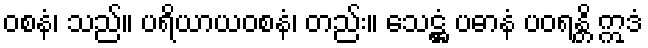
ဝစနံ၊ သည်။ ပရိယာယဝစနံ၊ တည်း။ သေဋ္ဌံ ပဓာနံ ပဝရန္တိ ဣဒံ